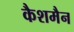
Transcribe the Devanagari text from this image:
कैशमैन